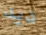
ديد